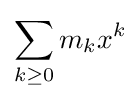
\sum _{k\geq 0}m_{k}x^{k}